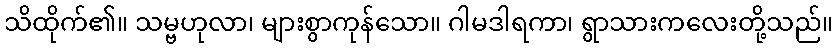
သိထိုက်၏။ သမ္ဗဟုလာ၊ များစွာကုန်သော။ ဂါမဒါရကာ၊ ရွာသားကလေးတို့သည်။